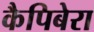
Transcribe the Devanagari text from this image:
कैपिबेरा